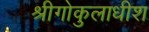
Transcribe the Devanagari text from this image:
श्रीगोकुलाधीश